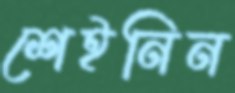
শেইনিন